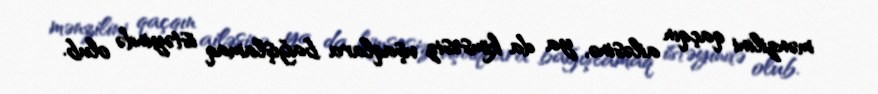
mənzilini qaçqın ailəsinə, ya da kimsəsiz uşaqlara bağışlamaq istəyində olub.